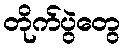
တိုက်ပွဲတွေ